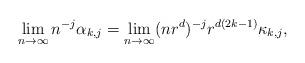
LaTeX: \begin{align*}\lim_{n\to\infty}n^{-j}\alpha_{k,j}= \lim_{n\to\infty} (nr^d)^{-j} r^{d(2k-1)} \kappa_{k,j}, \end{align*}